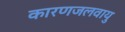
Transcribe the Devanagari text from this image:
कारणजलवायु